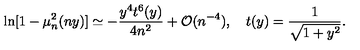
\ln [ 1 - \mu _ { n } ^ { 2 } ( n y ) ] \simeq - \frac { y ^ { 4 } t ^ { 6 } ( y ) } { 4 n ^ { 2 } } + { \cal O } ( n ^ { - 4 } ) , \quad t ( y ) = \frac { 1 } { \sqrt { 1 + y ^ { 2 } } } .